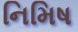
નિમિષ